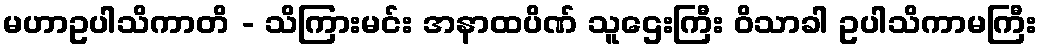
မဟာဥပါသိကာတိ - သိကြားမင်း အနာထပိဏ် သူဌေးကြီး ဝိသာခါ ဥပါသိကာမကြီး